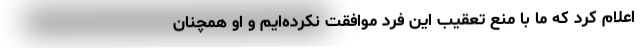
اعلام کرد که ما با منع تعقیب این فرد موافقت نکرده‌ایم و او همچنان